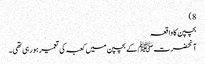
8)
بچپن کا واقعہ
آنحضرت ﷺ کے بچپن میں کعبہ کی تعمیر ہو رہی تھی۔